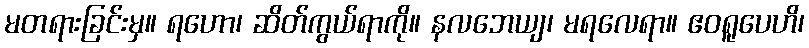
မတရားခြင်းမှ။ ရဟော၊ ဆိတ်ကွယ်ရာကို။ နလဘေယျ၊ မရလေရာ။ ဧဝရူပေဟိ၊